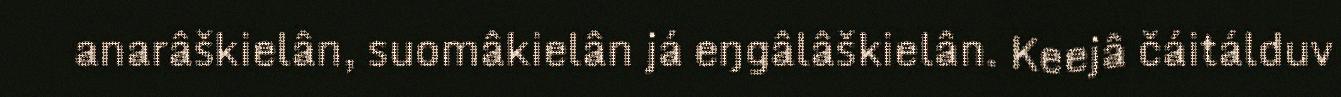
anarâškielân, suomâkielân já eŋgâlâškielân. Keejâ čáitálduv